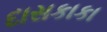
દાસકાકા